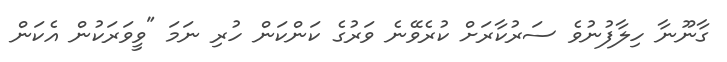
ގާނޫނާ ހިލާފުނުވެ ސަރުކާރަށް ކުރެވޭނެ ވަރުގެ ކަންކަން ހުރި ނަމަ "ވީވަރަކުން އެކަން